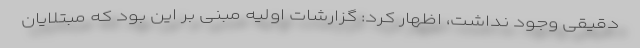
دقیقی وجود نداشت، اظهار کرد: گزارشات اولیه مبنی بر این بود که مبتلایان